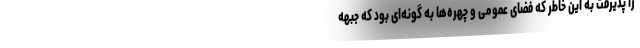
را پذیرفت به این خاطر که فضای عمومی و چهره‌ها به گونه‌ای بود که جبهه